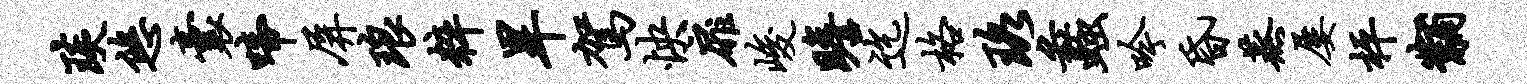
琰悠囊啼屏琅粹旱驾怏扉峻瞻迄格珞蠡吟昏蒸屡枰黼